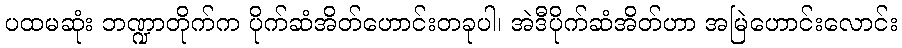
ပထမဆုံး ဘဏ္ဍာတိုက်က ပိုက်ဆံအိတ်ဟောင်းတခုပါ၊ အဲဒီပိုက်ဆံအိတ်ဟာ အမြဲဟောင်းလောင်း